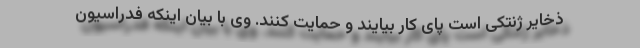
ذخایر ژنتکی است پای کار بیایند و حمایت کنند. وی با بیان اینکه فدراسیون